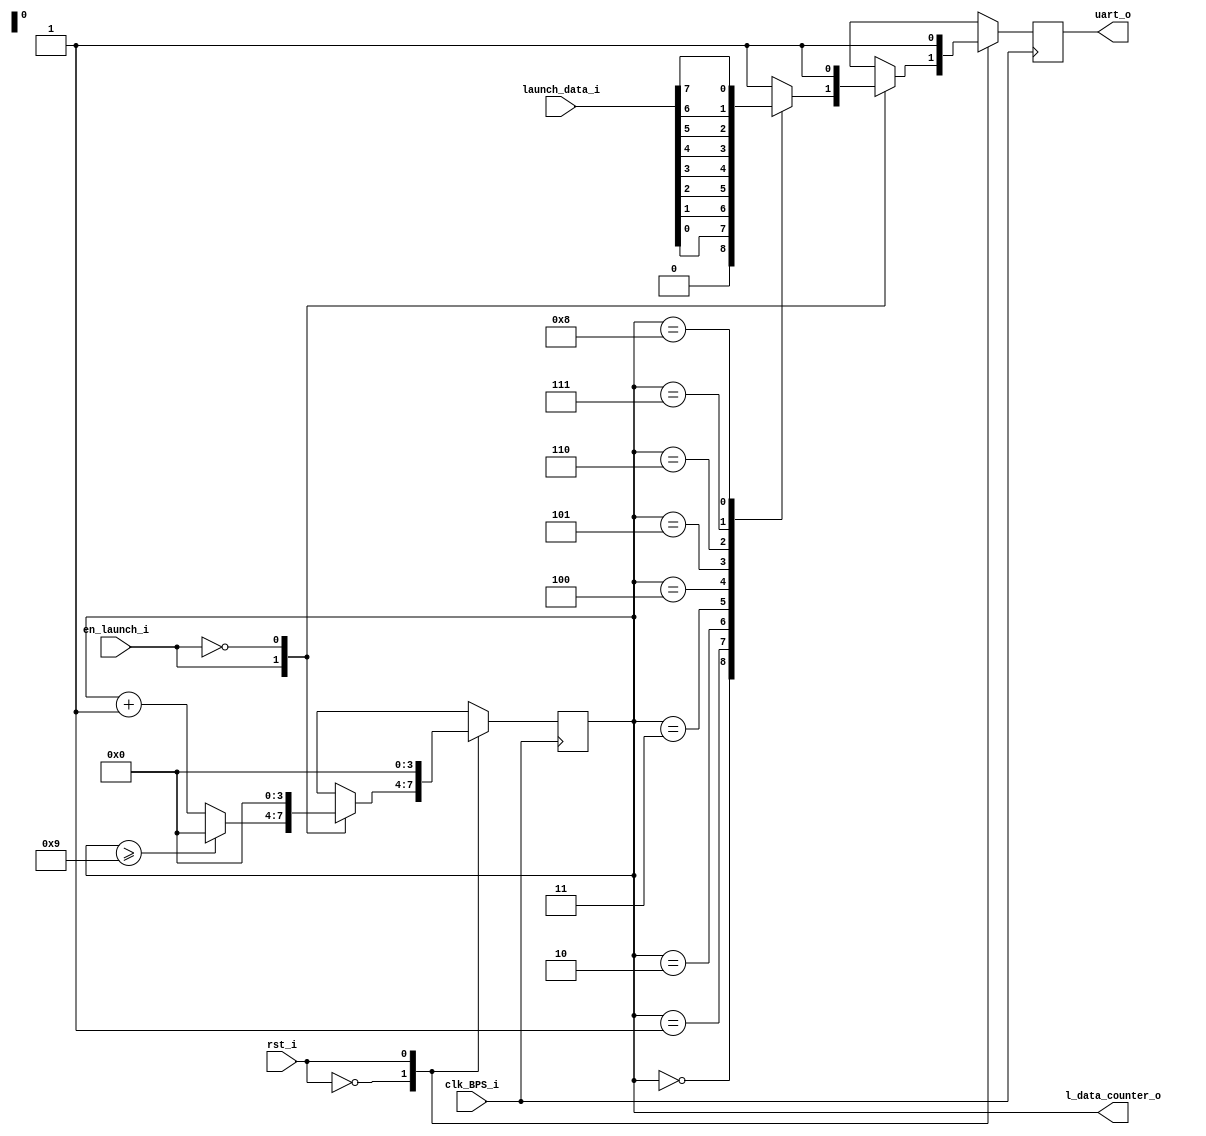

module UART_launcher

//----------------------------------------------------------------
// Param
//----------------------------------------------------------------

#(
    parameter EN_RESET = 1'b1,
    parameter EN_LAUNCH = 1'b1
)

//----------------------------------------------------------------
// Ports
//----------------------------------------------------------------

(
     clk_BPS_i
    ,rst_i
    ,en_launch_i
    ,launch_data_i
    ,uart_o
    ,l_data_counter_o
);
    // Inputs
    input clk_BPS_i;
    input rst_i;
    input en_launch_i;
    input [7:0] launch_data_i;

    // Outputs
    output reg uart_o = 1;
    output reg [3:0] l_data_counter_o  = 0;

//----------------------------------------------------------------
// Registers / Wires
//----------------------------------------------------------------

parameter OFF_RESET = ~ EN_RESET;
parameter OFF_LAUNCH = ~ EN_LAUNCH;

//----------------------------------------------------------------
// Circuits
//----------------------------------------------------------------

always @(posedge clk_BPS_i) begin
    case (rst_i)
        OFF_RESET: begin
            case (en_launch_i)
                EN_LAUNCH: begin
                    case (l_data_counter_o)
                        4'b0000: uart_o = 0;
                        4'b0001: uart_o = launch_data_i[0];
                        4'b0010: uart_o = launch_data_i[1];
                        4'b0011: uart_o = launch_data_i[2];
                        4'b0100: uart_o = launch_data_i[3];
                        4'b0101: uart_o = launch_data_i[4];
                        4'b0110: uart_o = launch_data_i[5];
                        4'b0111: uart_o = launch_data_i[6];
                        4'b1000: uart_o = launch_data_i[7];
                        4'b1001: uart_o = 1;
                        default: uart_o = 1;
                    endcase
                    if (l_data_counter_o >= 9)
                        l_data_counter_o = 0;
                    else
                        l_data_counter_o = l_data_counter_o + 1;
                end
                OFF_LAUNCH: begin
                    l_data_counter_o = 0;
                    uart_o = 1;
                end
                default: begin
                    l_data_counter_o = 0;
                    uart_o = 1;
                end

            endcase
        end
        EN_RESET: begin
            l_data_counter_o = 0;
            uart_o = 1;
        end
        default: begin
            l_data_counter_o = 0;
            uart_o = 1;
        end
    endcase
end
  
endmodule